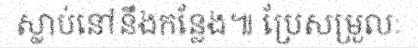
ស្លាប់នៅនឹងកន្លែង៕ ប្រែសម្រួលៈ